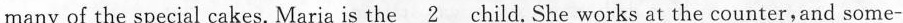
many of the special cakes. Maria is the\underline{2} 2child. She works at the counter,and some-